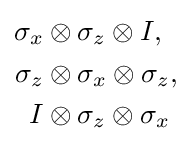
{\begin{aligned}\sigma _{x}\otimes {}&\sigma _{z}\otimes I,\\\sigma _{z}\otimes {}&\sigma _{x}\otimes \sigma _{z},\\I\otimes {}&\sigma _{z}\otimes \sigma _{x}\end{aligned}}